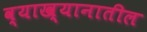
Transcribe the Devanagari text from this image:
व्याख्यानातील